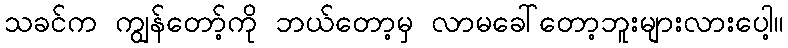
သခင်က ကျွန်တော့်ကို ဘယ်တော့မှ လာမခေါ်တော့ဘူးများလားပေါ့။